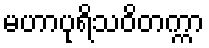
မဟာပုရိသဝိတက္ကာ